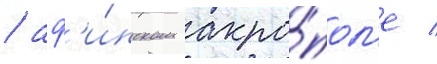
/ аф'и́нском акро́пол'е /